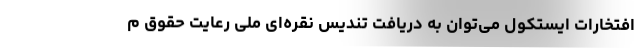
افتخارات ایستکول می‌توان به دریافت تندیس نقره‌ای ملی رعایت حقوق م